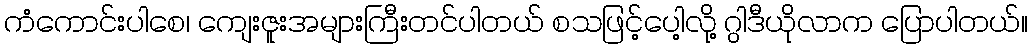
ကံကောင်းပါစေ၊ ကျေးဇူးအများကြီးတင်ပါတယ် စသဖြင့်ပေါ့လို့ ဂွါဒီယိုလာက ပြောပါတယ်။